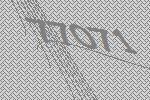
77071